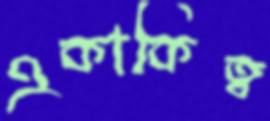
একাকিত্ব